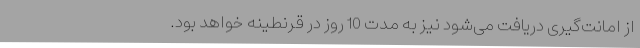
از امانت‌گیری دریافت می‌شود نیز به مدت 10 روز در قرنطینه خواهد بود.